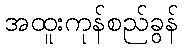
အထူးကုန်စည်ခွန်